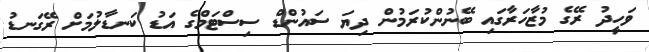
ވަހީދު ރޭގެ މުޒާހަރާގައި ބޭނުންކުރަމުން ދިޔަ ސައުންޑް ސިސްޓަމްގެ އަޑު ކަނޑާލުމަށް ރޭގަނޑު